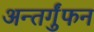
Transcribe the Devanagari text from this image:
अन्तर्गुंफन